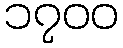
၁၇၀၀